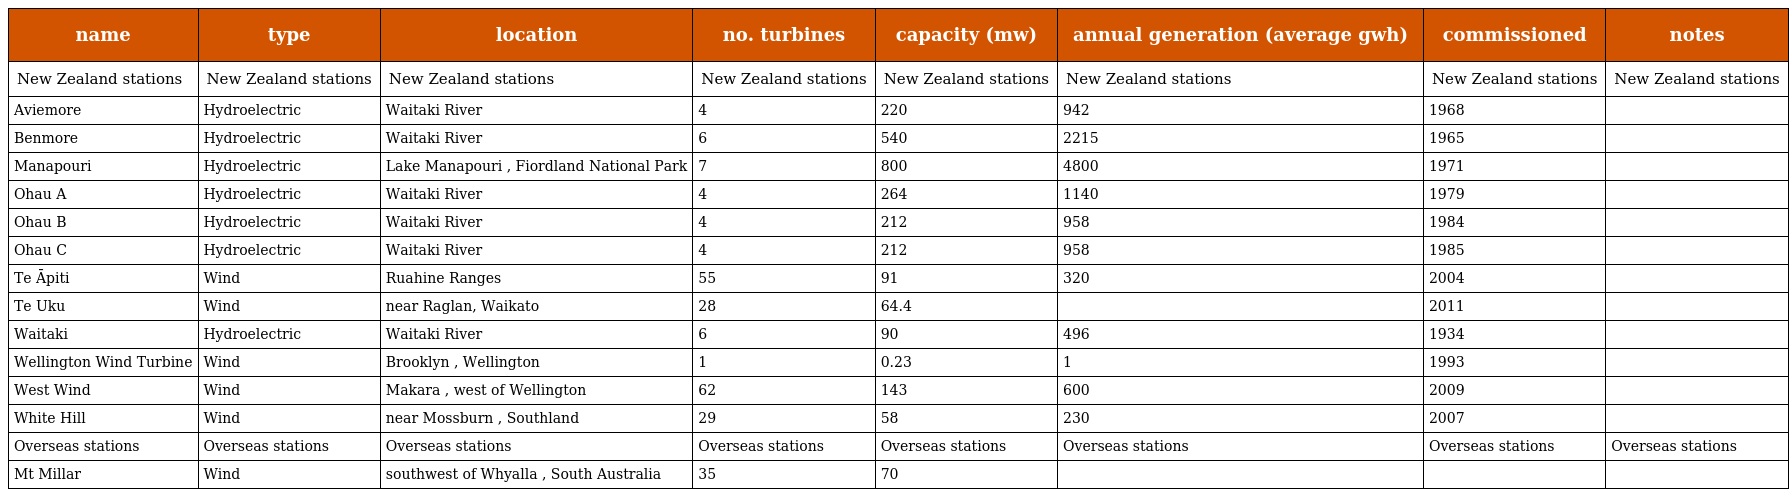
| name | type | location | no. turbines | capacity (mw) | annual generation (average gwh) | commissioned | notes |
 | --- | --- | --- | --- | --- | --- | --- | --- |
 | New Zealand stations | New Zealand stations | New Zealand stations | New Zealand stations | New Zealand stations | New Zealand stations | New Zealand stations | New Zealand stations |
 | Aviemore | Hydroelectric | Waitaki River | 4 | 220 | 942 | 1968 |  |
 | Benmore | Hydroelectric | Waitaki River | 6 | 540 | 2215 | 1965 |  |
 | Manapouri | Hydroelectric | Lake Manapouri , Fiordland National Park | 7 | 800 | 4800 | 1971 |  |
 | Ohau A | Hydroelectric | Waitaki River | 4 | 264 | 1140 | 1979 |  |
 | Ohau B | Hydroelectric | Waitaki River | 4 | 212 | 958 | 1984 |  |
 | Ohau C | Hydroelectric | Waitaki River | 4 | 212 | 958 | 1985 |  |
 | Te Āpiti | Wind | Ruahine Ranges | 55 | 91 | 320 | 2004 |  |
 | Te Uku | Wind | near Raglan, Waikato | 28 | 64.4 |  | 2011 |  |
 | Waitaki | Hydroelectric | Waitaki River | 6 | 90 | 496 | 1934 |  |
 | Wellington Wind Turbine | Wind | Brooklyn , Wellington | 1 | 0.23 | 1 | 1993 |  |
 | West Wind | Wind | Makara , west of Wellington | 62 | 143 | 600 | 2009 |  |
 | White Hill | Wind | near Mossburn , Southland | 29 | 58 | 230 | 2007 |  |
 | Overseas stations | Overseas stations | Overseas stations | Overseas stations | Overseas stations | Overseas stations | Overseas stations | Overseas stations |
 | Mt Millar | Wind | southwest of Whyalla , South Australia | 35 | 70 |  |  |  |